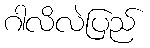
ဂါလိလဲပြည်